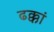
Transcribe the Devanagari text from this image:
ढक्कां